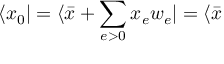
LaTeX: \langle x _ { 0 } | = \langle \bar { x } + \sum _ { e > 0 } x _ { e } w _ { e } | = \langle \bar { x }